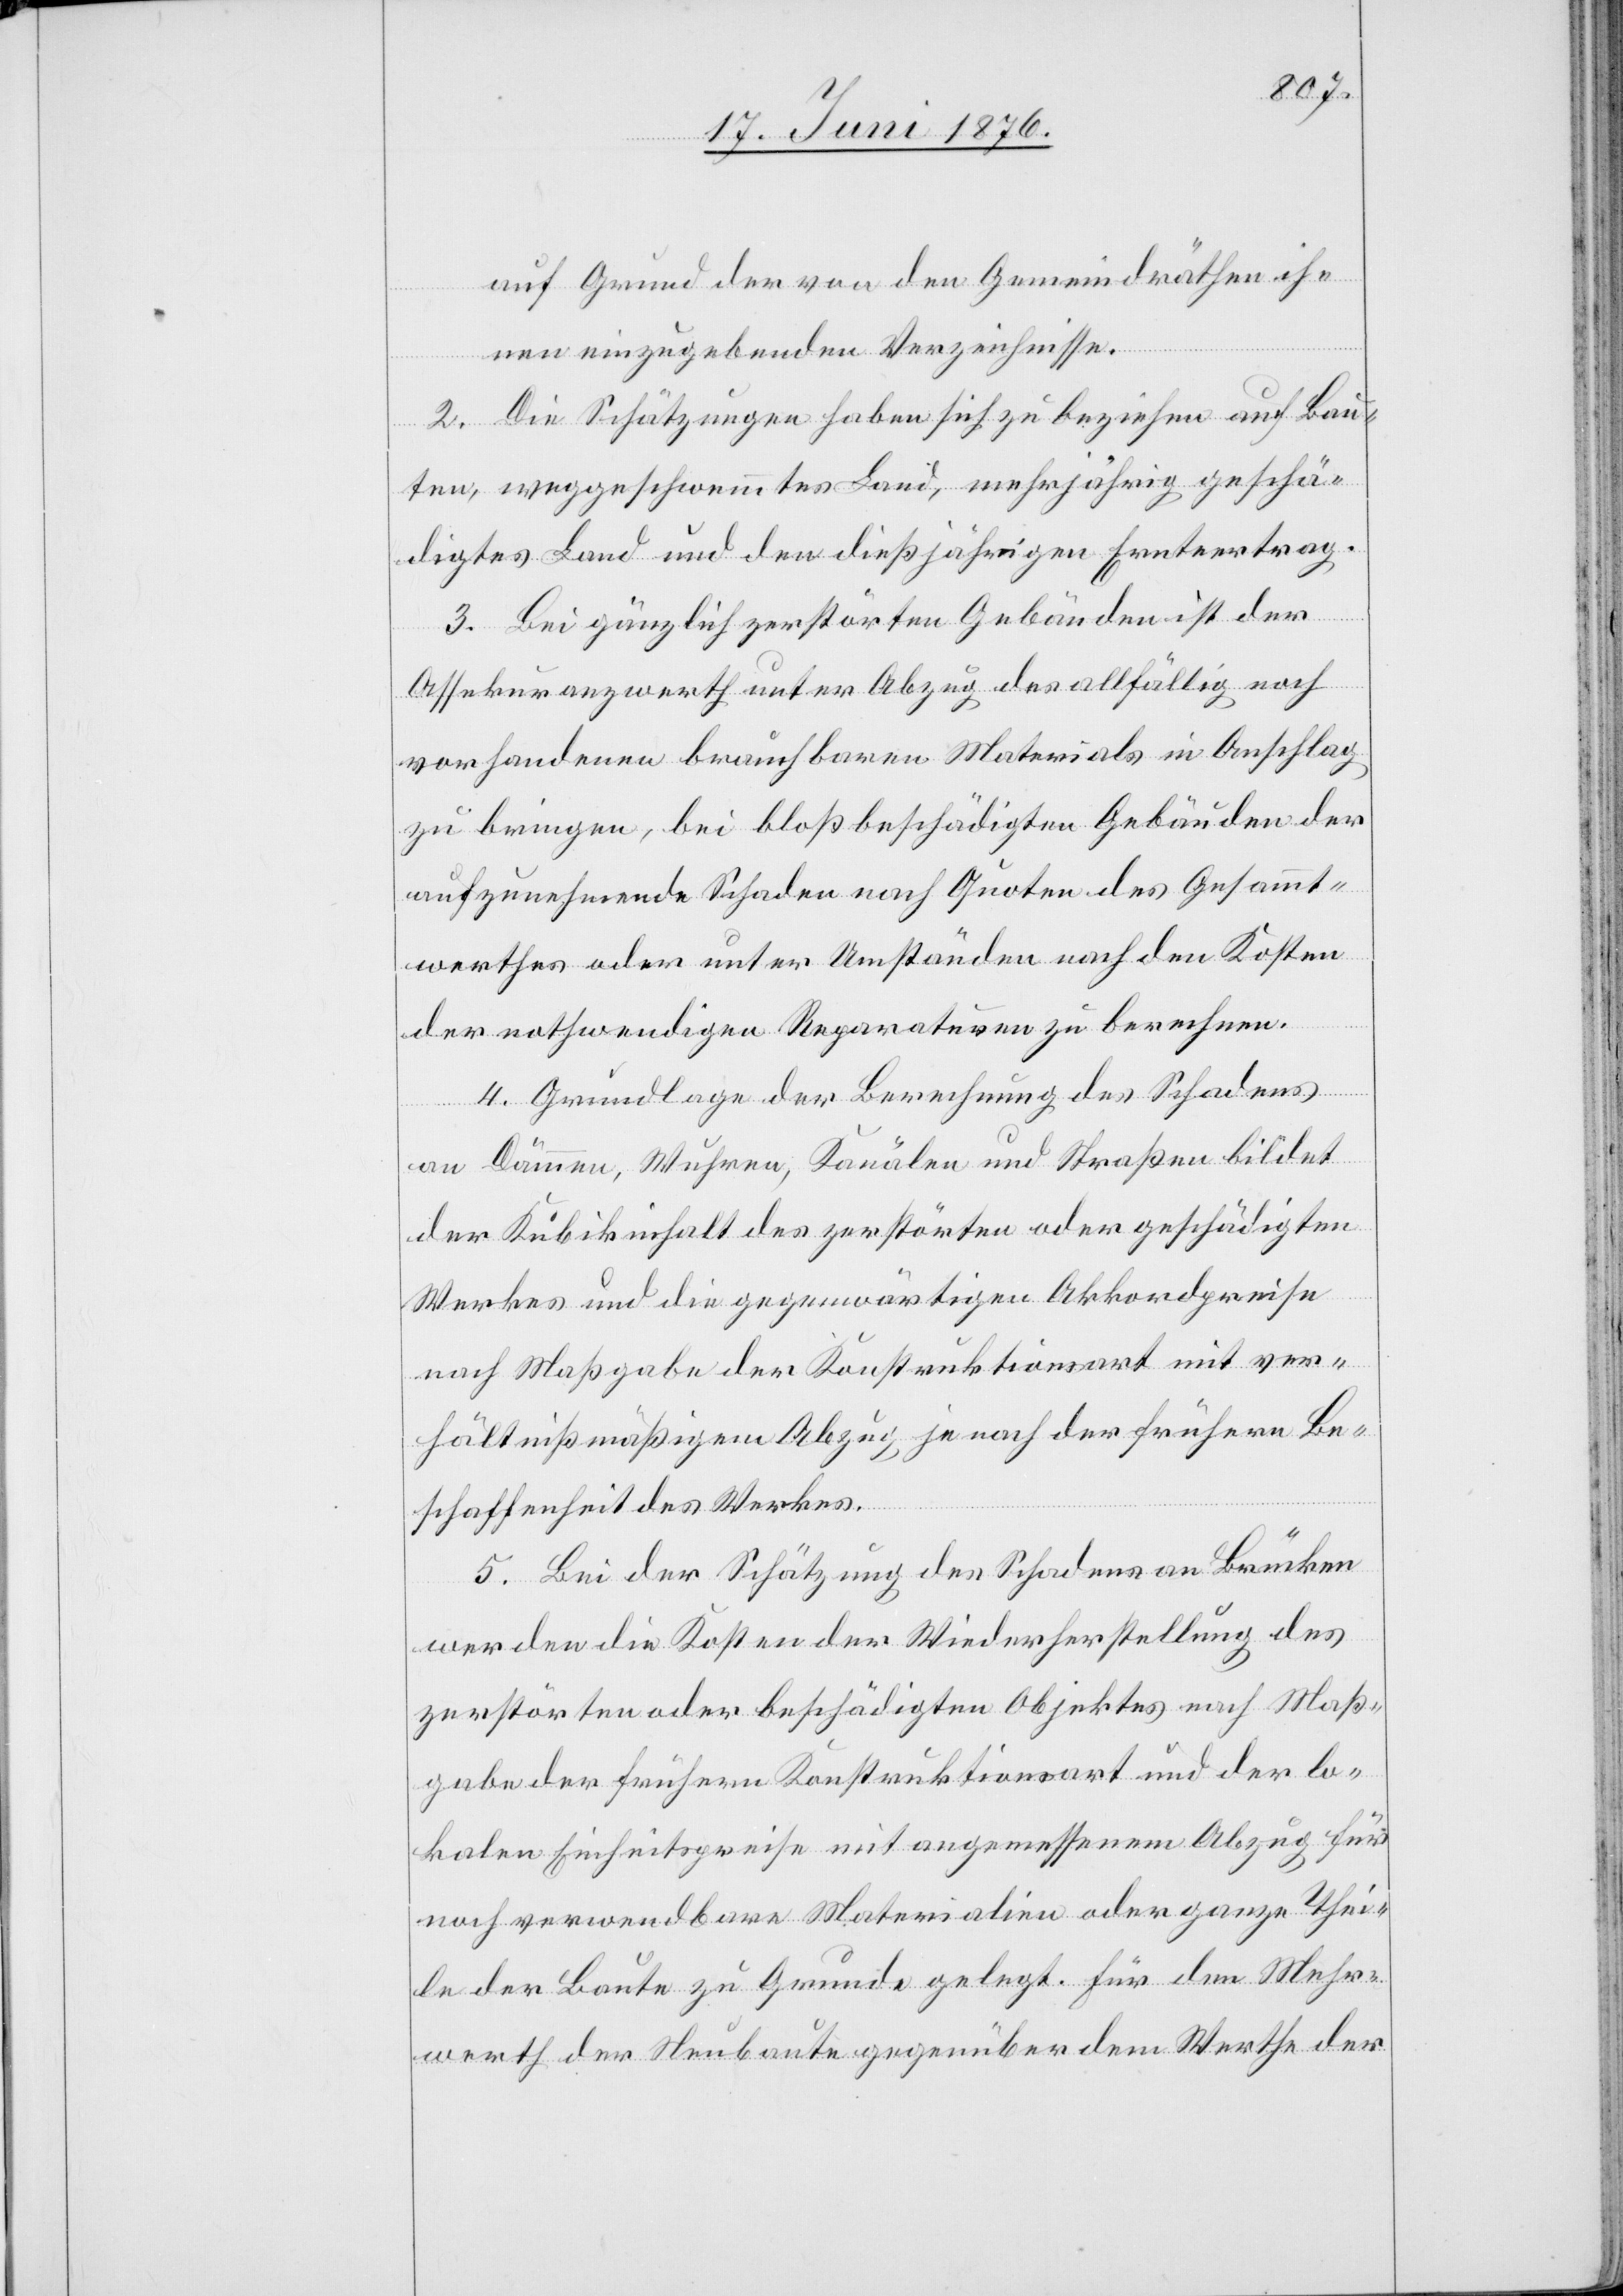
auf Grund der von den Gemeindräthen ih¬
nen einzugebenden Verzeichnisse.
2. Die Schätzungen haben sich zu beziehen auf Bau¬
ten, weggeschwemmtes Land, mehrjährig geschä¬
digtes Land und den diesjährigen Ernteertrag.
3. Bei gänzlich zerstörten Gebäuden ist der
Assekuranzwerth unter Abzug des allfällig noch
vorhandenen brauchbaren Materials in Anschlag
zu bringen, bei bloß beschädigten Gebäuden der
aufzunehmende Schaden nach Quoten des Gesammt¬
werthes oder unter Umständen nach den Kosten
der nothwendigen Reparaturen zu berechnen.
4. Grundlage der Berechnung des Schadens
an Dämmen, Wuhren, Kanälen und Straßen bildet
der Kubikinhalt des zerstörten oder geschädigten
Werkes und die gegenwärtigen Akkordpreise
nach Maßgabe der Konstruktionsart mit ver¬
hältnißmäßigem Abzug je nach der frühern Be¬
schaffenheit des Werkes.
5. Bei der Schätzung des Schadens an Brücken
werden die Kosten der Wiederherstellung des
zerstörten oder beschädigten Objektes nach Maß¬
gabe der frühern Konstruktionsart und der lo¬
kalen Einheitspreise mit angemessenem Abzug für
noch verwendbare Materialien oder ganze Thei¬
le der Baute zu Grunde gelegt. Für den Mehr¬
werth der Neubaute gegenüber dem Werthe der